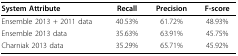
| System Attribute | Recall | Precision | F-score |
 | --- | --- | --- | --- |
 | Ensemble 2013 + 2011 data | 40.53% | 61.72% | 48.93% |
 | Ensemble 2013 data | 35.63% | 63.91% | 45.75% |
 | Charniak 2013 data | 35.29% | 65.71% | 45.92% |